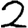
Digit: 2